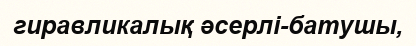
гиравликалық әсерлі-батушы,